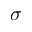
\sigma